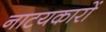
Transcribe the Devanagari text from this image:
नाटयकारों